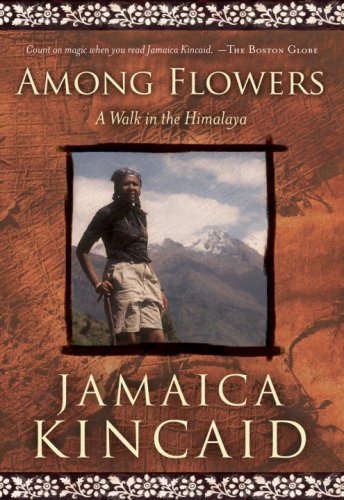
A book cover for Among Flowers: A Walk in the Himalaya (National Geographic Directions); Jamaica Kincaid; Travel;